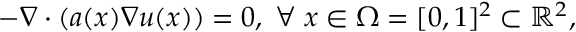
- \nabla \cdot \left( a ( x ) \nabla u ( x ) \right) = 0 , \; \forall \; x \in \Omega = [ 0 , 1 ] ^ { 2 } \subset \mathbb { R } ^ { 2 } ,